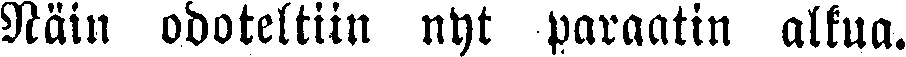
Näin odoteltiin nyt paraatin alkua.